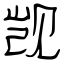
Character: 觊